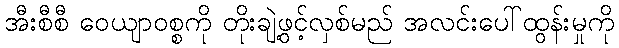
အီးစီစီ ဝေယျာဝစ္စကို တိုးချဲ့ဖွင့်လှစ်မည် အလင်းပေါ်ထွန်းမှုကို